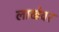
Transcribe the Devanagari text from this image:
लाखेवर